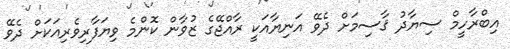
އިބްރާހީމް ސިޔާދު ޤާސިމަށް ދެވޭ އަނިޔާއަކީ ރާއްޖޭގެ ޒުވާން ކޮންމެ ވިޔަފާރިވެރިއަކަށް ދެވޭ